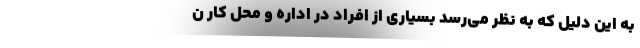
به این دلیل که به نظر می‌رسد بسیاری از افراد در اداره و محل کار ن